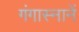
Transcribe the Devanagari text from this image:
गंगास्नानें